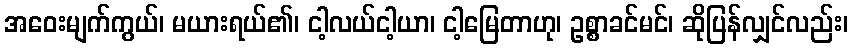
အဝေးမျက်ကွယ်၊ မယားရယ်၏၊ ငါ့လယ်ငါ့ယာ၊ ငါ့မြေတာဟု၊ ဥစ္စာခင်မင်၊ ဆိုပြန်လျှင်လည်း၊